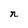
Character: n